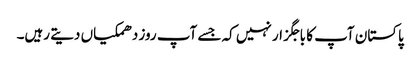
پاکستان آپ کا باجگزار نہیں کہ جسے آپ روز دھمکیاں دیتے رہیں۔